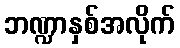
ဘဏ္ဍာနှစ်အလိုက်